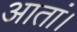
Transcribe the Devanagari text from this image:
आतां।